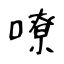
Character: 嘹